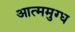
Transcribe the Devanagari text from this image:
आत्ममुग्ध